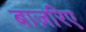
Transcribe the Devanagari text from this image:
बाज़रिए